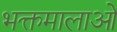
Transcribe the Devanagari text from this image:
भक्तमालाओं